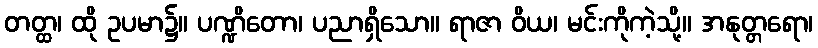
တတ္ထ၊ ထို ဥပမာ၌။ ပဏ္ဍိတော၊ ပညာရှိသော။ ရာဇာ ဝိယ၊ မင်းကိုကဲ့သို့။ အနုတ္တရော၊